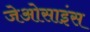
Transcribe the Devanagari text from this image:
जेओसाइंस